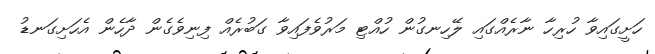
ހަށީގައިވާ ހުރިހާ ނާރެއްގައި ލޭހިނގުން ހުއްޓި މަރުވެފައިވާ ގަބުރެއް ފިނިވެގެން ދާހެން އެހަށިގަނޑު